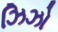
ઝિઝો